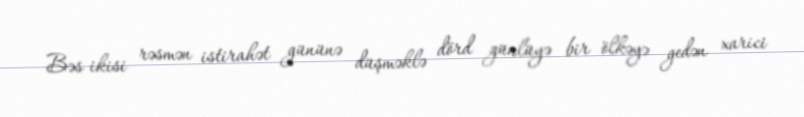
Bəs ikisi rəsmən istirahət gününə düşməklə dörd günlüyə bir ölkəyə gedən xarici